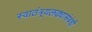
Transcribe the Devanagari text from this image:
स्वातंत्र्यलढ्यासंबंधी